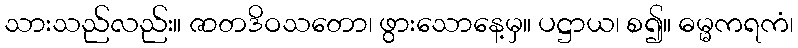
သားသည်လည်း။ ဇာတဒိဝသတော၊ ဖွားသောနေ့မှ။ ပဋ္ဌာယ၊ စ၍။ ဓမ္မကရကံ၊